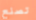
تصنع